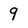
Character: 9